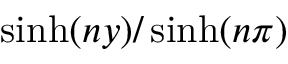
\sinh ( n y ) / \sinh ( n \pi )